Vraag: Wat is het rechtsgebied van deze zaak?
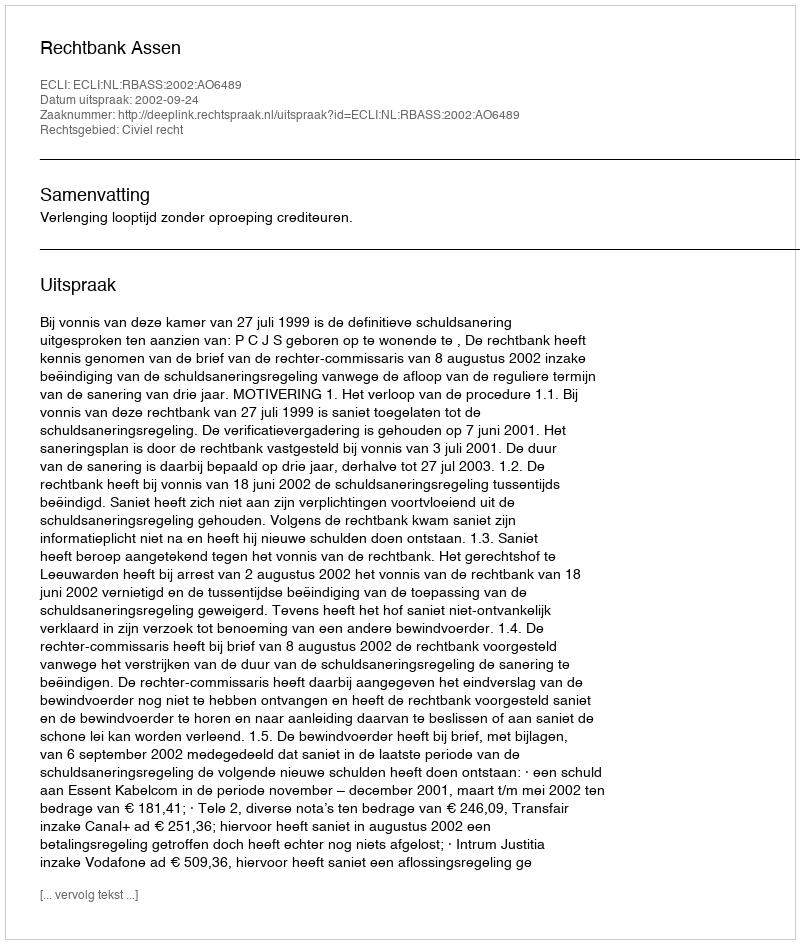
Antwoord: Civiel recht